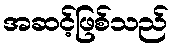
အဆင့်ဖြစ်သည်